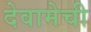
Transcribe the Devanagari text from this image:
देवामेची